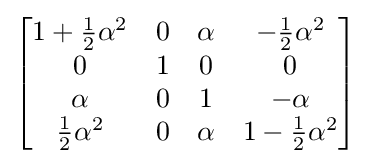
{\begin{bmatrix}1+{\frac {1}{2}}\alpha ^{2}&0&\alpha &-{\frac {1}{2}}\alpha ^{2}\\0&1&0&0\\\alpha &0&1&-\alpha \\{\frac {1}{2}}\alpha ^{2}&0&\alpha &1-{\frac {1}{2}}\alpha ^{2}\end{bmatrix}}